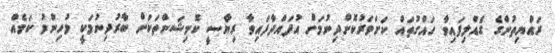
ރައްޔިތުންގެ ގެއްލިފައިވާ ހައްގުތައް ކަށަވަރުކޮށްދިނުމަށް އުފައްދާފައިވާ ރިޔާސީ ކޮމިޝަންތަކަށް ބާރުދިނުމަކީ މުހިންމު ކަމެއް